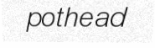
pothead